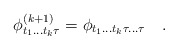
\begin{align*} \phi_{t_1 ... t_k \tau}^{(k+1)} = \phi_{t_1 ... t_k \tau ... \tau} \quad .\end{align*}